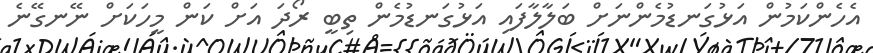
އެހެންކަމުން އަޅުގަނޑުމެންނަށް ބަލާލާފައި އަޅުގަނޑުމެން ތިބީ ރޯދަ އަށް ކަން މީހަކަށް ނޭނގޭނެ